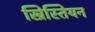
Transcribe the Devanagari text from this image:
ख्रिस्तियन